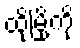
ထိုမြို့ကို